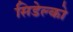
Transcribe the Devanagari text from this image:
सिडेल्को